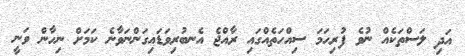
އަދި ލަސްތަކެއް ނުވެ ފުރިހަމަ ސިއްހަތެއްގައި ރާއްޖެ އެނބުރިވަޑައިގަންނަވާނެ ކަމަށް ނިހާން ވަނީ